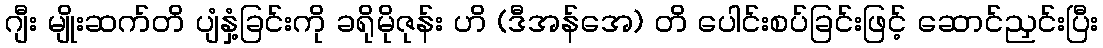
ဂျီး မျိုးဆက်တိ ပျံနှံ့ခြင်းကို ခရိုမိုဇုန်း ဟိ (ဒီအန်အေ) တိ ပေါင်းစပ်ခြင်းဖြင့် ဆောင်ညှင်းပြီး